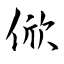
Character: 俽